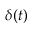
\delta ( t )